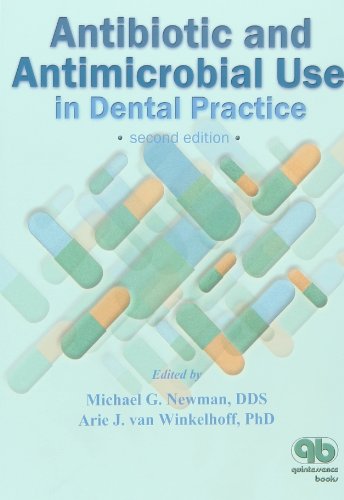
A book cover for Antibiotic and Antimicrobial Use in Dental Practice; Michael G. Newman; Medical Books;